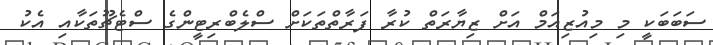
ސަބަބަކީ މި މިއުޒިއަމް އަށް ޒިޔާރަތް ކުރާ ފަރާތްތަކަށް ސްލެބްރިޓީންގެ ސްޓެޗޫތަކާއި އެކު